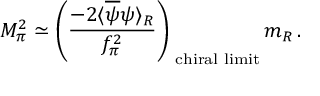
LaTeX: M _ { \pi } ^ { 2 } \simeq \left( \frac { - 2 \langle \overline { { { \psi } } } \psi \rangle _ { R } } { f _ { \pi } ^ { 2 } } \right) _ { \mathrm { \footnotesize ~ c h i r a l ~ l i m i t } } m _ { R } \, .